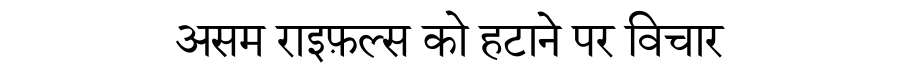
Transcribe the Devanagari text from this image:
असम राइफ़ल्स को हटाने पर विचार